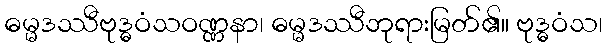
ဓမ္မဒဿီဗုဒ္ဓဝံသဝဏ္ဏနာ၊ ဓမ္မဒဿီဘုရားမြတ်၏။ ဗုဒ္ဓဝံသ၊